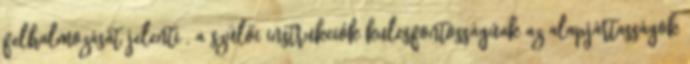
felhalmozását jelenti , a szülői instrukciók kulcsfontosságúak az alapjártasságok